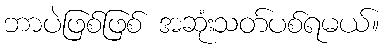
ဘာပဲဖြစ်ဖြစ် အဆုံးသတ်ပစ်ရမယ်။